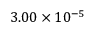
3 . 0 0 \times 1 0 ^ { - 5 }